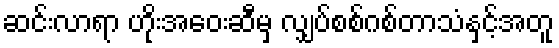
ဆင်းလာရာ ဟိုးအဝေးဆီမှ လျှပ်စစ်ဂစ်တာသံနှင့်အတူ